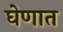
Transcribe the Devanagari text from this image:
घेणात